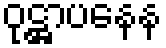
ဝုဋ္ဌာပနေန